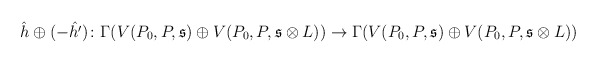
\begin{align*} \hat{h}\oplus(-\hat{h'}) \colon \Gamma(V(P_0, P, \mathfrak{s})\oplus V(P_0, P, \mathfrak{s}\otimes L)) \to \Gamma(V(P_0, P, \mathfrak{s}) \oplus V(P_0, P, \mathfrak{s}\otimes L)) \end{align*}